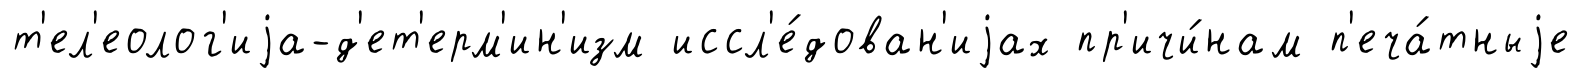
т'ел'еолог'иjа-д'ет'ерм'ин'изм иссл'е́дован'иjах пр'ичи́нам п'еча́тныjе